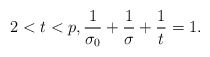
\begin{align*}2 < t < p, \frac{1}{\sigma_0}+\frac{1}{\sigma}+\frac{1}{t}=1.\end{align*}